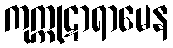
ကုက္ကုဋာရာမေန